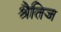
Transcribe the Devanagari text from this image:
श्रैतिज